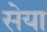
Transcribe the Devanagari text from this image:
सेया